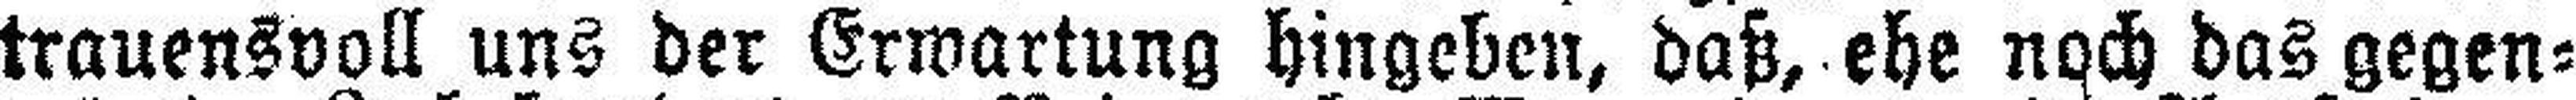
trauensvoll uns der Erwartung hingeben, daß, ehe noch das gegen¬